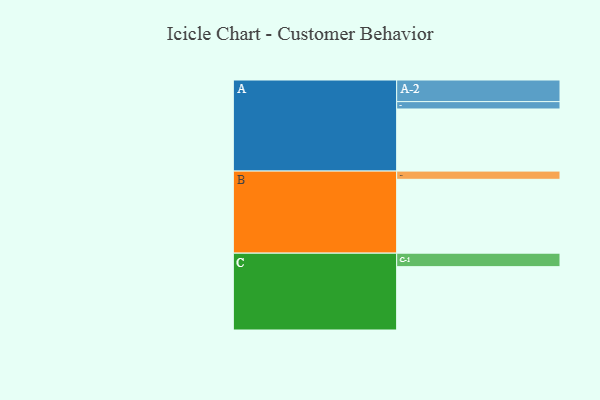
{"axis": {"x": "Segment", "y": "Value"}, "legend": ["", "A", "B", "C"], "data": [{"x": "A", "y": 497, "type": ""}, {"x": "B", "y": 591, "type": ""}, {"x": "C", "y": 507, "type": ""}, {"x": "A-1", "y": 59, "type": "A"}, {"x": "A-2", "y": 173, "type": "A"}, {"x": "B-1", "y": 66, "type": "B"}, {"x": "C-1", "y": 108, "type": "C"}]}